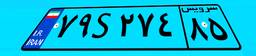
۷۵S۶۷۳۶۳